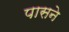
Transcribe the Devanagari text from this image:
पासने